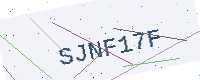
Text: SJNF17F